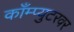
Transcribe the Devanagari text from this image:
काँम्प्युटरवर